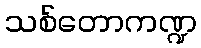
သစ်တောကဏ္ဍ